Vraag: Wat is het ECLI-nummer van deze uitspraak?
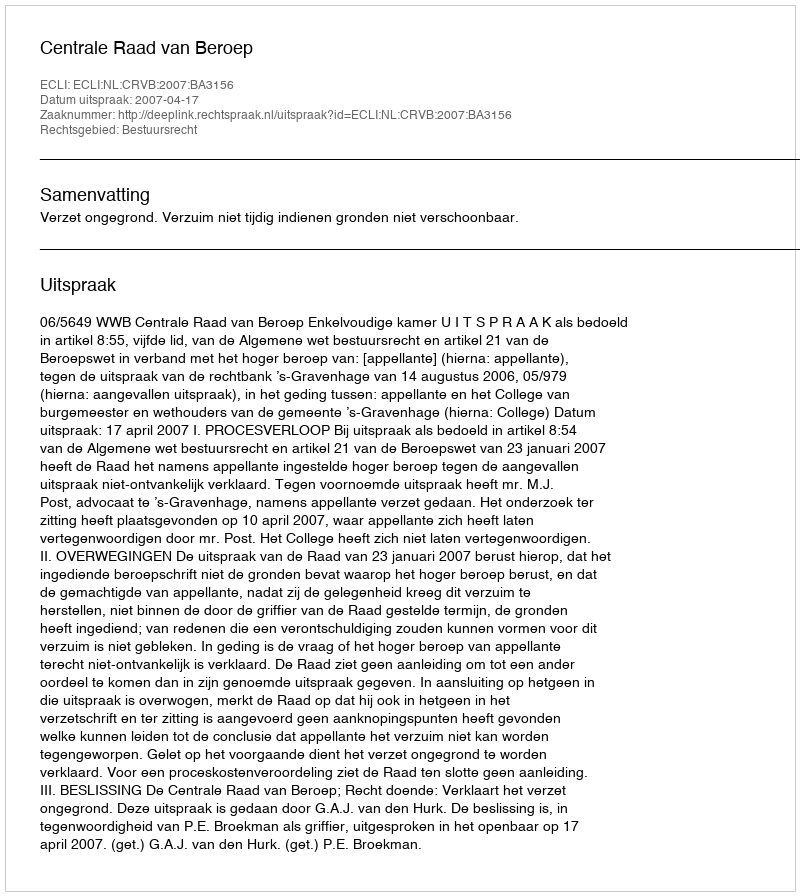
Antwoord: ECLI:NL:CRVB:2007:BA3156